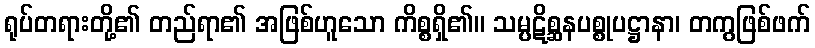
ရုပ်တရားတို့၏ တည်ရာ၏ အဖြစ်ဟူသော ကိစ္စရှိ၏။ သမ္ပဋိစ္ဆနပစ္စုပဋ္ဌာနာ၊ တကွဖြစ်ဖက်